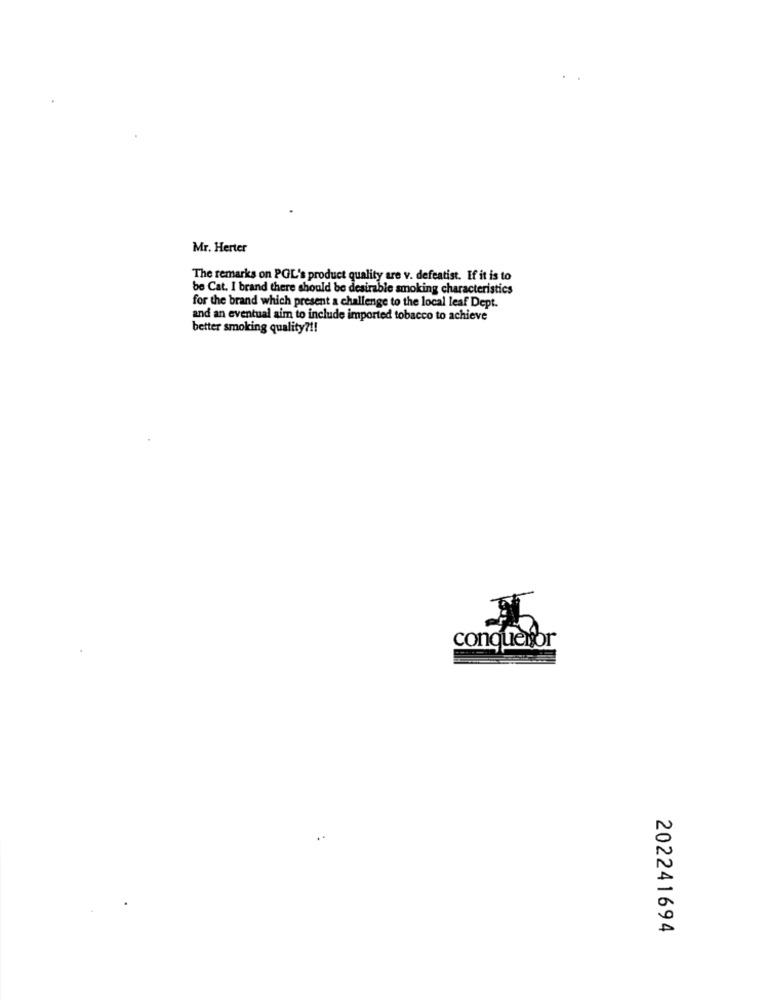
Mr. Herter
The remarks on POL's product quality are v. defeatist. If it is to
be Cat. I brand there should be desirable smoking characteristics
for the brand which present a challenge to the local leaf Dept.
and an eventual aim to include imported tobacco to achieve
better smoking quality ?!!
conqueror
202241694